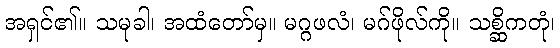
အရှင်၏။ သမုခါ၊ အထံတော်မှ။ မဂ္ဂဖလံ၊ မဂ်ဖိုလ်ကို။ သစ္ဆိကတုံ၊